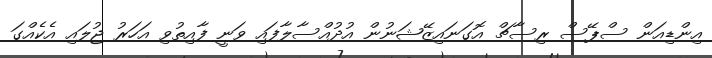
އިންޑިއަން ސްޕޭސް ރިސާޗް އޮގަނައިޒޭޝަނުން އުދުއްސާލާފައި ވަނީ ފާއިތުވި އަހަރު ޖުލައި އެކެއްގަ